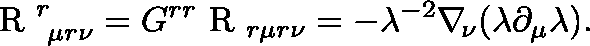
\mathrm { \boldmath { ~ R ~ } } _ { \ \mu r \nu } ^ { r } = G ^ { r r } \mathrm { \boldmath { ~ R ~ } } _ { r \mu r \nu } = - \lambda ^ { - 2 } \nabla _ { \! \nu } ( \lambda \partial _ { \mu } \lambda ) .